Report of the King Institute of Preventive Medicine, Guindy
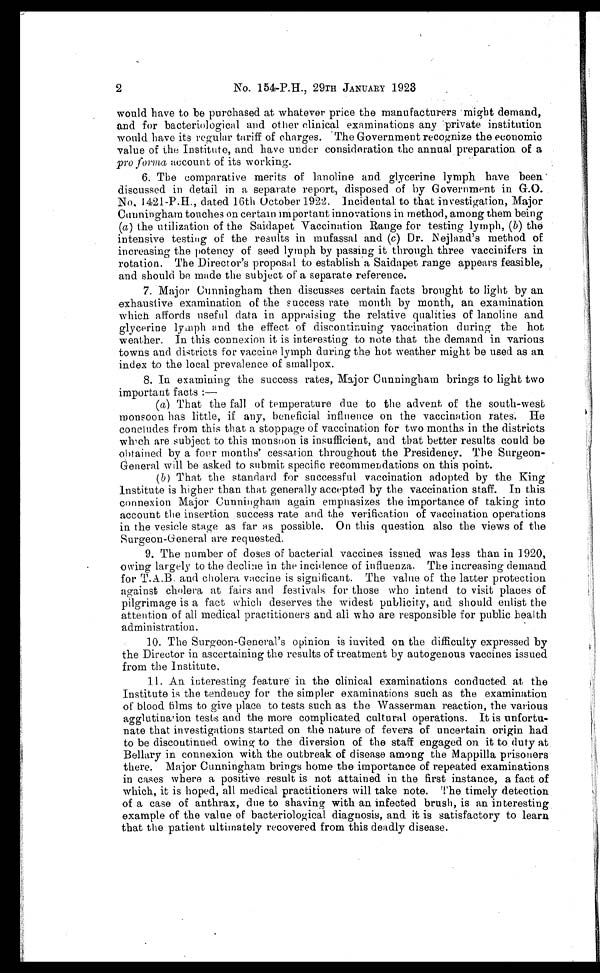
2
No. 154-P.H., 29TH JaNUaRY 1923
would have to be purchased at whatever price the manufacturers might demand,
and for bacteriological and other clinical examinations any private institution
would have its regular tariff of charges. The Government recognize the economic
value of the Institute, and have under consideration the annual preparation. of
a p r o f o r m a
a c c o u n t
o f i t s w o r k i n g .
6. The comparative merits of lanoline and glycerine lymph have been
discussed in detail in a separate report, disposed of by Government in G.O.
No, 1421-P.H., dated 16th October 1922. Incidental to that investigation, Major
Cunningham touches on certain important innovations in method, among them being
(a ) the utilization of the Saidapet Vaccination Range for testing lymph, ( b) the
intensive testing of the results in mufassal and (c ) Dr. Nejland's method of
increasing the potency of seed lymph by passing it through three vaccinifers in
rotation. The Director's proposal to establish a Saidapet range appears feasible,
and should be made the subject of a separate reference.
7. Major Cunningham then discusses certain facts brought to light by an
exhaustive examination of the success rate month by month, an examination
which affords useful data in. appraising the relative qualities of lanoline and
glycerine lymph and the effect of discontinuing vaccination during the hot
weather. In this connexion it is interesting to note that the demand in various
towns and districts for vaccine lymph during the hot weather might be used as au
index to the local prevalence of smallpox.
8. In examining the success rates, Major Cunningham brings to light two
important facts:
—
(a) That the fall of temperature due to the advent of the south-west
monsoon has little, if any, beneficial. influence on the vaccination rates He
concludes from this that a stoppage of vaccination for two months in the districts
which are subject to this monsoon is insufficient, and that better results could be
obtained by a four months' cessation throughout the Presidency. The Surgeon-
General will be asked to submit specific recommendations on this point.
(b) That the standard for successful vaccination adopted by the King
Institute is higher than that generally accepted by the vaccination staff. In this
connexion Major Cunningham again emphasizes the importance of taking into
account the insertion success rate and the verification of vaccination operations
in the vesicle stage as far as possible. On this question also the views of the
Surgeon-General are requested.
9. The number of doses of bacterial vaccines issued was less than in 1920,
owing largely to the decline in the incidence of influenza. The increasing demand
for T.a.B. and cholera vaccine is significant. The value of the latter protection
against cholera at fairs and festivals for those who intend to visit places of
pilgrimage is a fact which deserves the widest publicity, and should enlist the
attention of all medical practitioners and all who are responsible for public health
administration.
10. The Surgeon-General's opinion is invited on the difficulty expressed by
the Director in ascertaining the results of treatment by autogenous vaccines issued
from the Institute.
11. an interesting feature in the clinical examinations conducted at the
Institute is the tendency for the simpler examinations such as the examination
of blood films to give place to tests such as the Wasserman reaction, the various
agglutination tests and the more complicated cultural operations. It is unfortu-
nate that investigations started on the nature of fevers of uncertain origin had
to be discontinued owing to the diversion of the staff engaged on it to duty at.
Bellary in connexion with the outbreak of disease among the Mappilla prisoners
there. Major Cunningham brings home the importance of repeated examinations
in cases where a positive result is not attained in the first instance, a fact of
which, it is hoped, all medical practitioners will take note. The timely detection
of a case of anthrax, due to shaving with an infected brush, is an interesting.
example of the value of bacteriological diagnosis, and it is satisfactory to learn
that the patient ultimately recovered from this deadly disease.